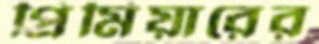
প্রিমিয়ারের